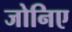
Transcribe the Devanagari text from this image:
जोनिए